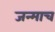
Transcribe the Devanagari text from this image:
जन्माच